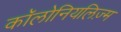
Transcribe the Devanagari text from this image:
कॉलोनियलिज़्म